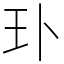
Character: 㺪